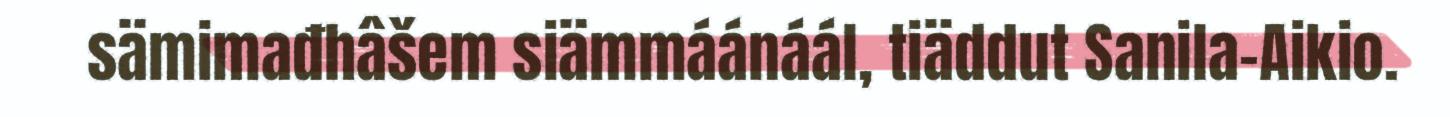
sämimađhâšem siämmáánáál, tiäddut Sanila-Aikio.